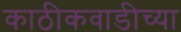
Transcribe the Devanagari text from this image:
काठीकवाडीच्या